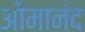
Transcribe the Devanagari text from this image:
ओमानंद